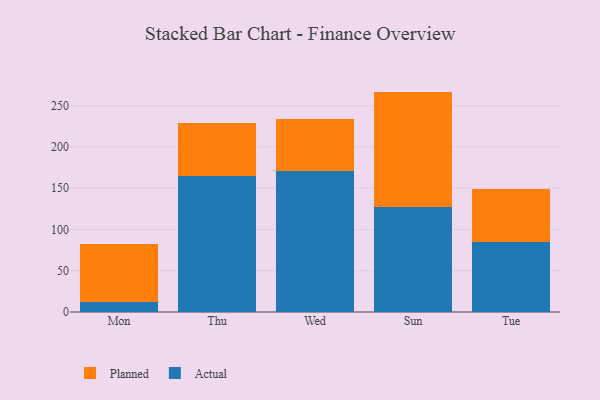
{"axis": {"x": "Day", "y": "Humidity (%)"}, "legend": ["Actual", "Planned"], "data": [{"x": "Mon", "y": 12.3, "type": "Actual"}, {"x": "Mon", "y": 69.9, "type": "Planned"}, {"x": "Thu", "y": 165.4, "type": "Actual"}, {"x": "Thu", "y": 63.3, "type": "Planned"}, {"x": "Wed", "y": 170.8, "type": "Actual"}, {"x": "Wed", "y": 62.8, "type": "Planned"}, {"x": "Sun", "y": 126.8, "type": "Actual"}, {"x": "Sun", "y": 140.3, "type": "Planned"}, {"x": "Tue", "y": 84.3, "type": "Actual"}, {"x": "Tue", "y": 65.1, "type": "Planned"}]}